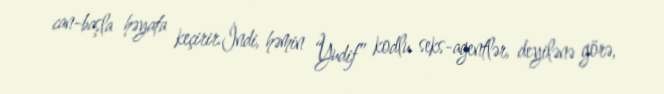
can-başla həyata keçirir.İndi, həmin “Yudif” kodlu seks-agentlər, deyilənə görə,